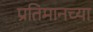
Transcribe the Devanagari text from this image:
प्रतिमानच्या